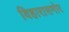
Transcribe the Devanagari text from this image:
विहारासमोर